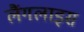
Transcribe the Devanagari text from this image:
लैंगलाइस